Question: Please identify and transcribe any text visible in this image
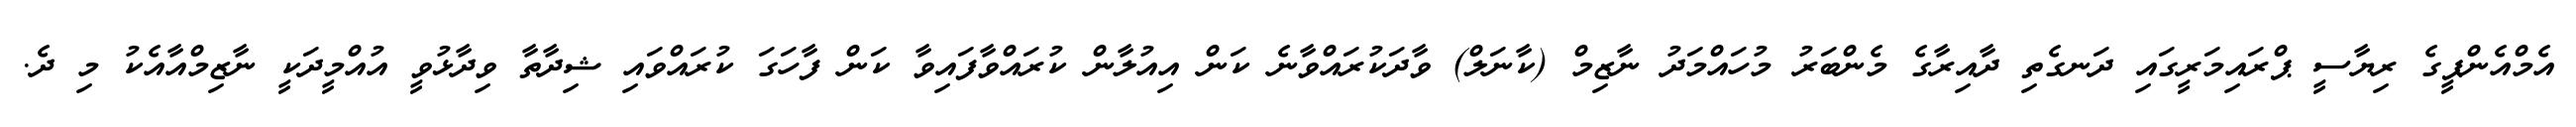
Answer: އެމްއެންޕީގެ ރިޔާސީ ޕްރައިމަރީގައި ދަނގެތި ދާއިރާގެ މެންބަރު މުހައްމަދު ނާޒިމް (ކާނަލް) ވާދަކުރައްވާނެ ކަން އިއުލާން ކުރައްވާފައިވާ ކަން ފާހަގަ ކުރައްވައި ޝިދާތާ ވިދާޅުވީ އުއްމީދަކީ ނާޒިމްއާއެކު މި ދެ.